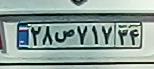
۲۸ص۷۱۷۳۴